Scottish Leaving Certificate Examination, 1953
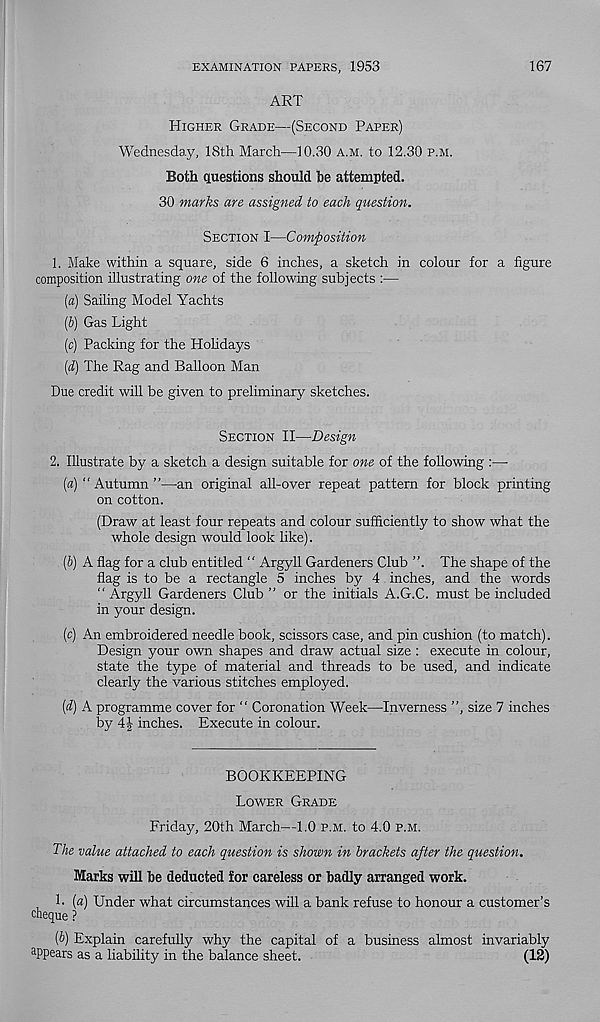
EXAMINATION PAPERS, 1953
167
ART
Higher Grade—(Second Paper)
Wednesday, 18th March—10.30 a.m. to 12.30 p.m.
Both Questions should he attempted.
30 marks are assigned to each question.
Section I—Composition
1. Make within a square, side 6 inches, a sketch in colour for a figure
composition illustrating one of the following subjects :—
[а) Sailing Model Yachts
(б) Gas Light
(c) Packing for the Hobdays
(d) The Rag and Balloon Man
Due credit will be given to preliminary sketches.
Section II—Design
2. Illustrate by a sketch a design suitable for one of the following :—•
(a) “ Autumn ”—-an original all-over repeat pattern for block printing
on cotton.
(Draw at least four repeats and colour sufficiently to show what the
whole design would look like).
(J) A flag for a club entitled “ Argyll Gardeners Club ”. The shape of the
flag is to be a rectangle 5 inches by 4 inches, and the words
“ Argyll Gardeners Club ” or the initials A.G.C. must be included
in your design.
(c) An embroidered needle book, scissors case, and pin cushion (to match).
Design your own shapes and draw actual size : execute in colour,
state the type of material and threads to be used, and indicate
clearly the various stitches employed.
[d] A programme cover for “ Coronation Week—Inverness ”, size 7 inches
by
inches. Execute in colour.
BOOKKEEPING
Lower Grade;
Friday, 20th March—1.0 p.m. to 4.0 p.m.
The value attached to each question is shown in brackets after the question.
Marks will be deducted for careless or badly arranged work.
1. («) Under what circumstances will a bank refuse to honour a customer’s
cheque ?
[b) Explain carefully why the capital of a business almost invariably
a Ppears as a liability in the balance sheet.
(12)